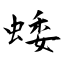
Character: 蜲